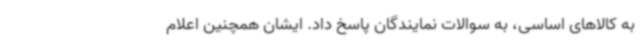
به کالاهای اساسی، به سوالات نمایندگان پاسخ داد. ایشان همچنین اعلام